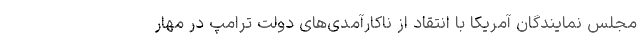
مجلس نمایندگان آمریکا با انتقاد از ناکارآمدی‌های دولت ترامپ در مهار